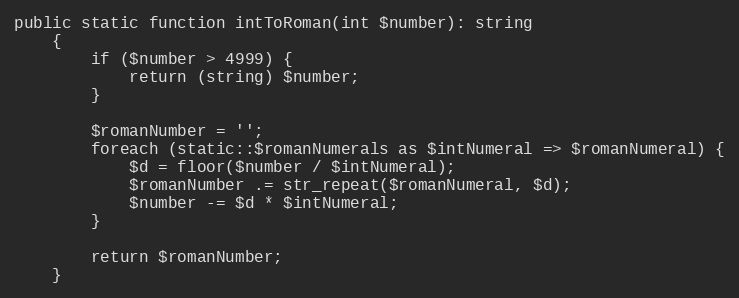
Language: PHP
public static function intToRoman(int $number): string
    {
        if ($number > 4999) {
            return (string) $number;
        }

        $romanNumber = '';
        foreach (static::$romanNumerals as $intNumeral => $romanNumeral) {
            $d = floor($number / $intNumeral);
            $romanNumber .= str_repeat($romanNumeral, $d);
            $number -= $d * $intNumeral;
        }

        return $romanNumber;
    }